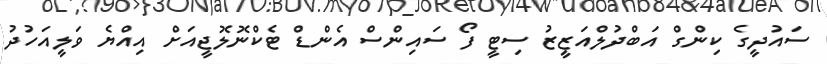
ސައުދީގެ ކިންގް އަބްދުލްއަޒީޒު ސިޓީ ފޯ ސައިންސް އެންޑް ޓެކްނޮލޮޖީއަށް އިއްޔެ ވަލީއަހުދު